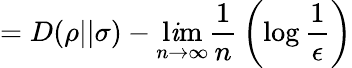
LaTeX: =D(\rho||\sigma)-\operatorname*{l\mathit{i}m}_{n\rightarrow\infty}{\frac{{1}}{{n}}}\left(\log{\frac{{1}}{{\epsilon}}}\right)